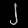
Digit: ၂